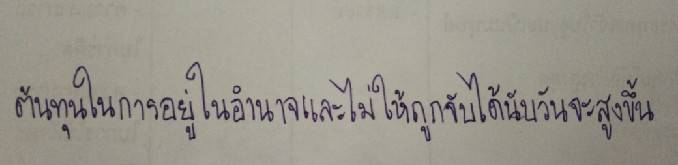
ต้นทุนในการอยู่ในอำนาจและไม่ให้ถูกจับได้นับวันจะสูงขึ้น